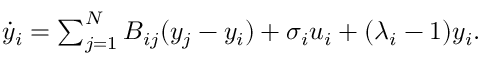
\begin{array} { r } { \dot { y } _ { i } = \sum _ { j = 1 } ^ { N } B _ { i j } ( y _ { j } - y _ { i } ) + \sigma _ { i } u _ { i } + ( \lambda _ { i } - 1 ) y _ { i } . } \end{array}